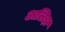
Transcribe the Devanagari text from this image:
अलिझ